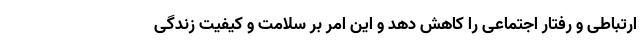
ارتباطی و رفتار اجتماعی را کاهش دهد و این امر بر سلامت و کیفیت زندگی